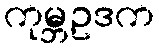
ကုမ္ဘဥဒက